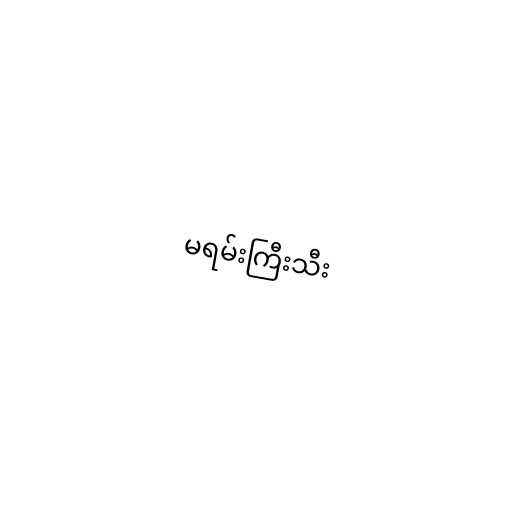
မရမ်းကြီးသီး